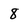
Character: 8